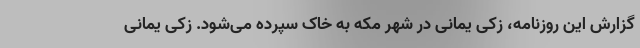
گزارش این روزنامه، زکی یمانی در شهر مکه به خاک سپرده می‌شود. زکی یمانی